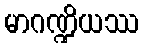
မာဂဏ္ဍိယဿ